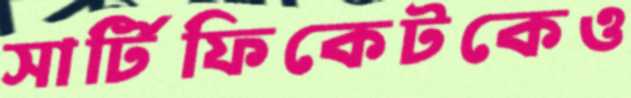
সার্টিফিকেটকেও